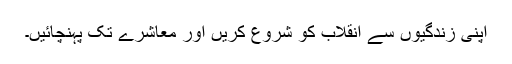
اپنی زندگیوں سے انقلاب کو شروع کریں اور معاشرے تک پہنچائیں۔